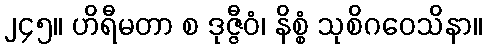
၂၄၅။ ဟိရီမတာ စ ဒုဇ္ဇီဝံ၊ နိစ္စံ သုစိဂဝေသိနာ။